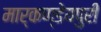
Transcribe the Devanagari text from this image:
मार्कण्डेयपुरी